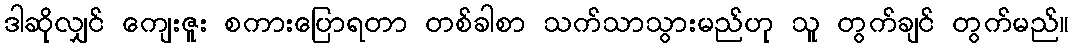
ဒါဆိုလျှင် ကျေးဇူး စကားပြောရတာ တစ်ခါစာ သက်သာသွားမည်ဟု သူ တွက်ချင် တွက်မည်။